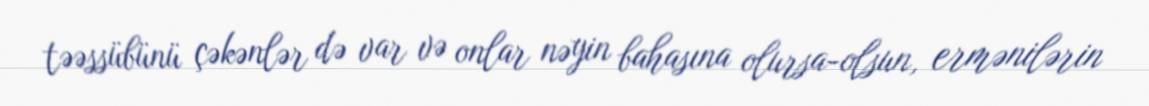
təəssübünü çəkənlər də var və onlar nəyin bahasına olursa-olsun, ermənilərin